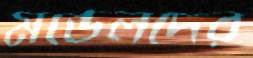
মডেলদের